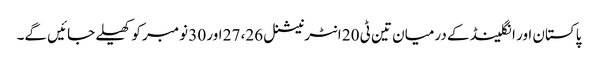
پاکستان اور انگلینڈ کے درمیان تین ٹی 20 انٹرنیشنل 26، 27 اور 30 نومبر کو کھیلے جائیں گے۔